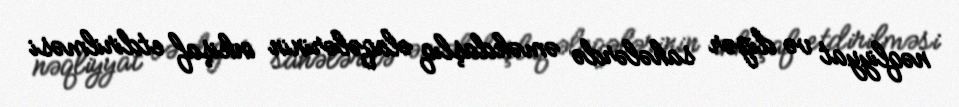
nəqliyyat və digər sahələrdə əməkdaşlıq əlaqələrinin inkişaf etdirilməsi